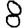
Digit: 8